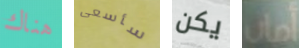
هناك سأسعى يكن أمان